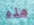
هذه